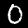
Digit: 0